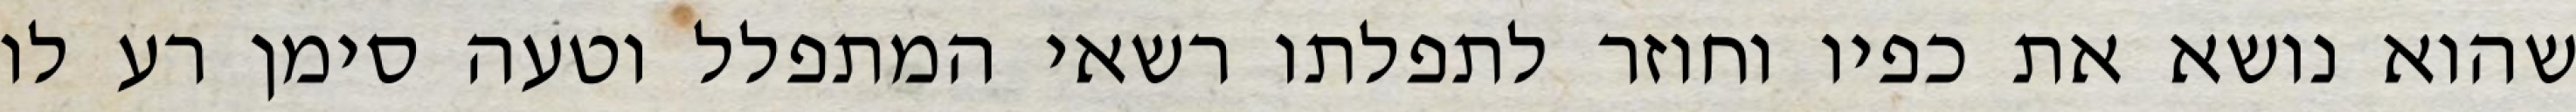
שהוא נושא את כפיו וחוזר לתפלתו רשאי המתפלל וטעה סימן רע לו